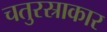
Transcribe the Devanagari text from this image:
चतुरस्राकार